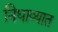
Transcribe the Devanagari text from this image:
निघाव्यात